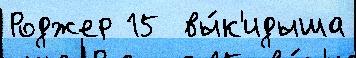
Роджер 15  вы́к'идыша